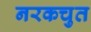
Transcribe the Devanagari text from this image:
नरकचुत